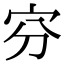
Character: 𡧋